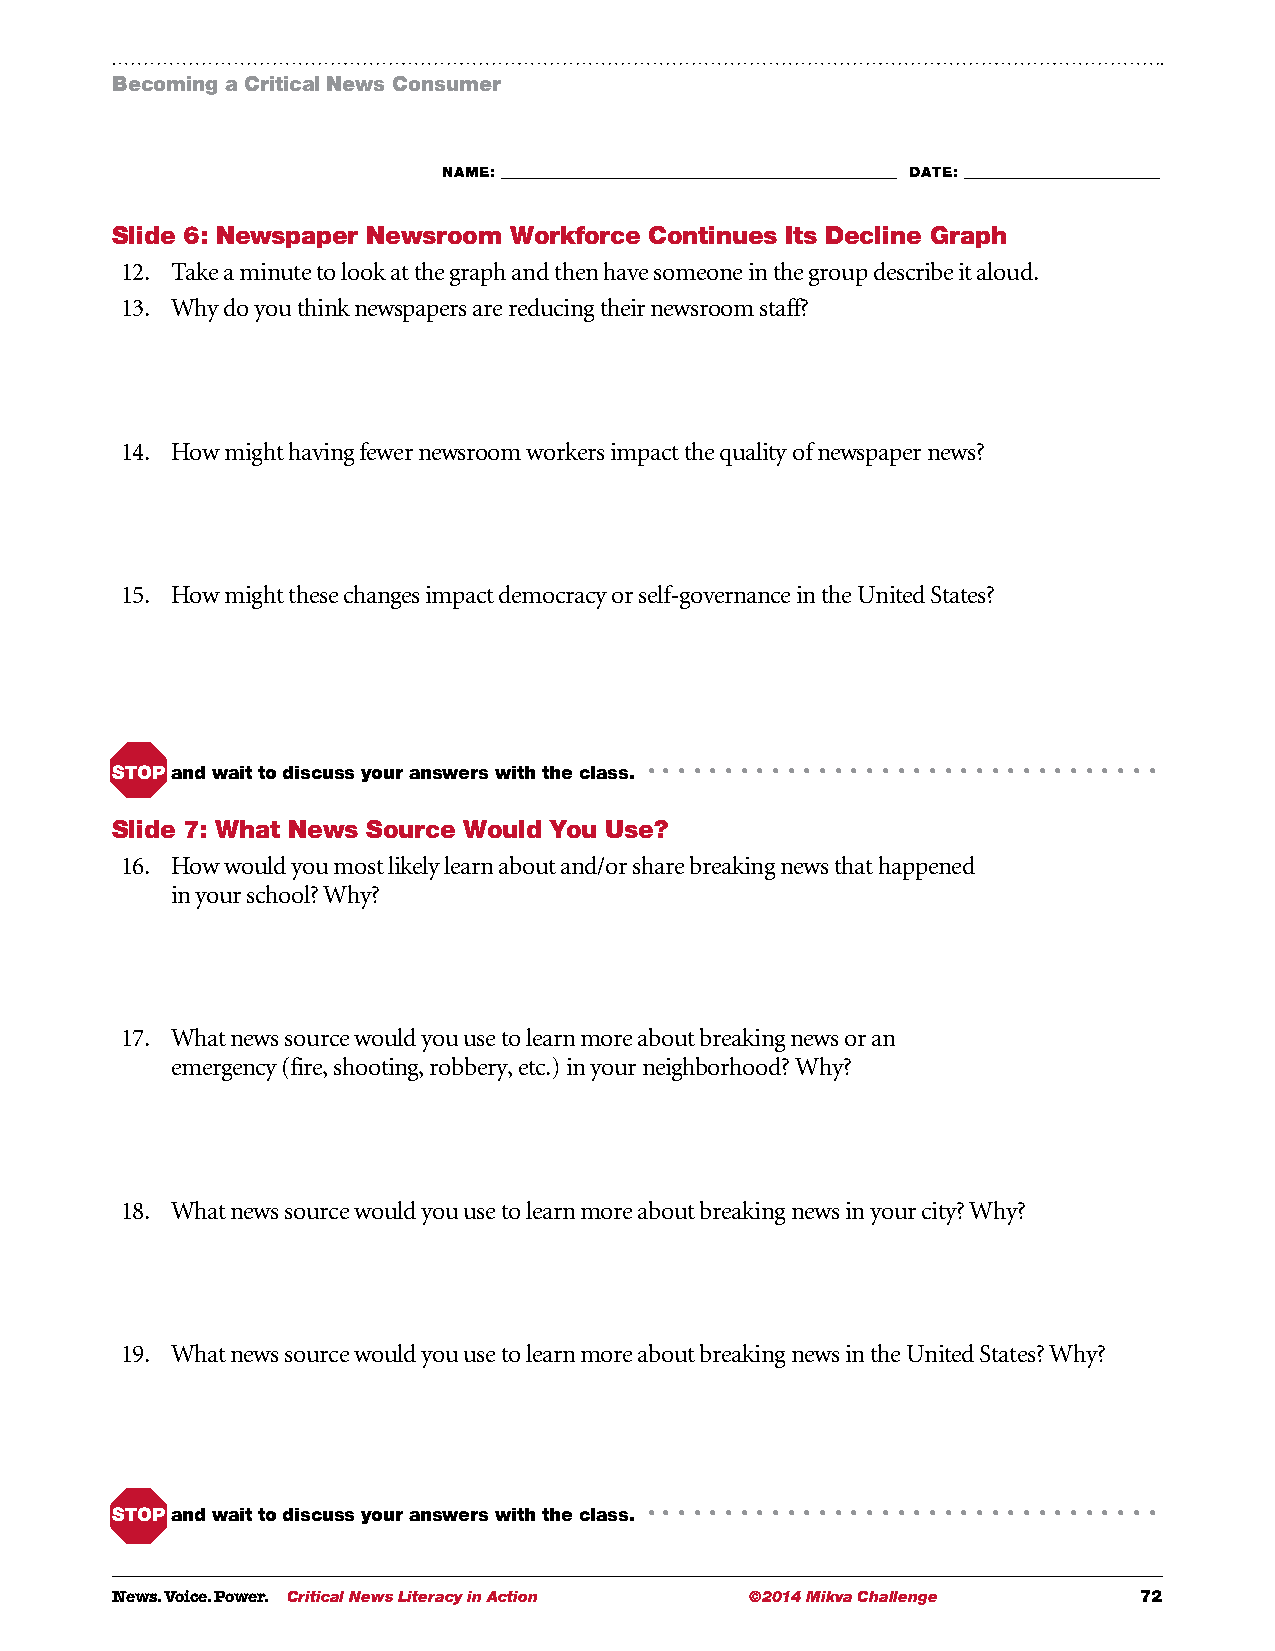
Becoming a Critical News Consumer
 NAME: ___________________________________________________________ DATE: _____________________________
 Slide 6: Newspaper Newsroom Workforce Continues Its Decline Graph
 12. Take a minute to look at the graph and then have someone in the group describe it aloud.
 13. Why do you think newspapers are reducing their newsroom staff?
 14. How might having fewer newsroom workers impact the quality of newspaper news?
 15. How might these changes impact democracy or self-governance in the United States?
 STOP and wait to discuss your answers with the class. • • • • • • • • • • • • • • • • • • • • • • • • • • • • • • • • •
 Slide 7: What News Source Would You Use?
 16. H ow would you most likely learn about and/or share breaking news that happened
 in your school? Why?
 17. W hat news source would you use to learn more about breaking news or an
 emergency (fire, shooting, robbery, etc.) in your neighborhood? Why?
 18. W hat news source would you use to learn more about breaking news in your city? Why?
 19. W hat news source would you use to learn more about breaking news in the United States? Why?
 STOP and wait to discuss your answers with the class. • • • • • • • • • • • • • • • • • • • • • • • • • • • • • • • • •
 News. Voice. Power. Critical News Literacy in Action ©2014 Mikva Challenge 72